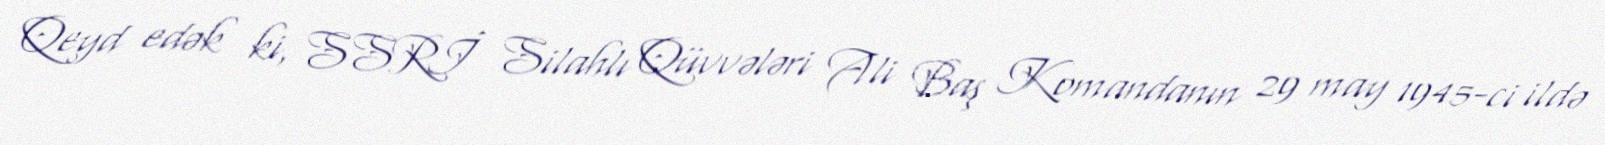
Qeyd edək ki, SSRİ Silahlı Qüvvələri Ali Baş Komandanın 29 may 1945-ci ildə